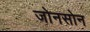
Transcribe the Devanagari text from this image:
जोनसोन